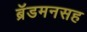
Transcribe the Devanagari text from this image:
ब्रॅडमनसह